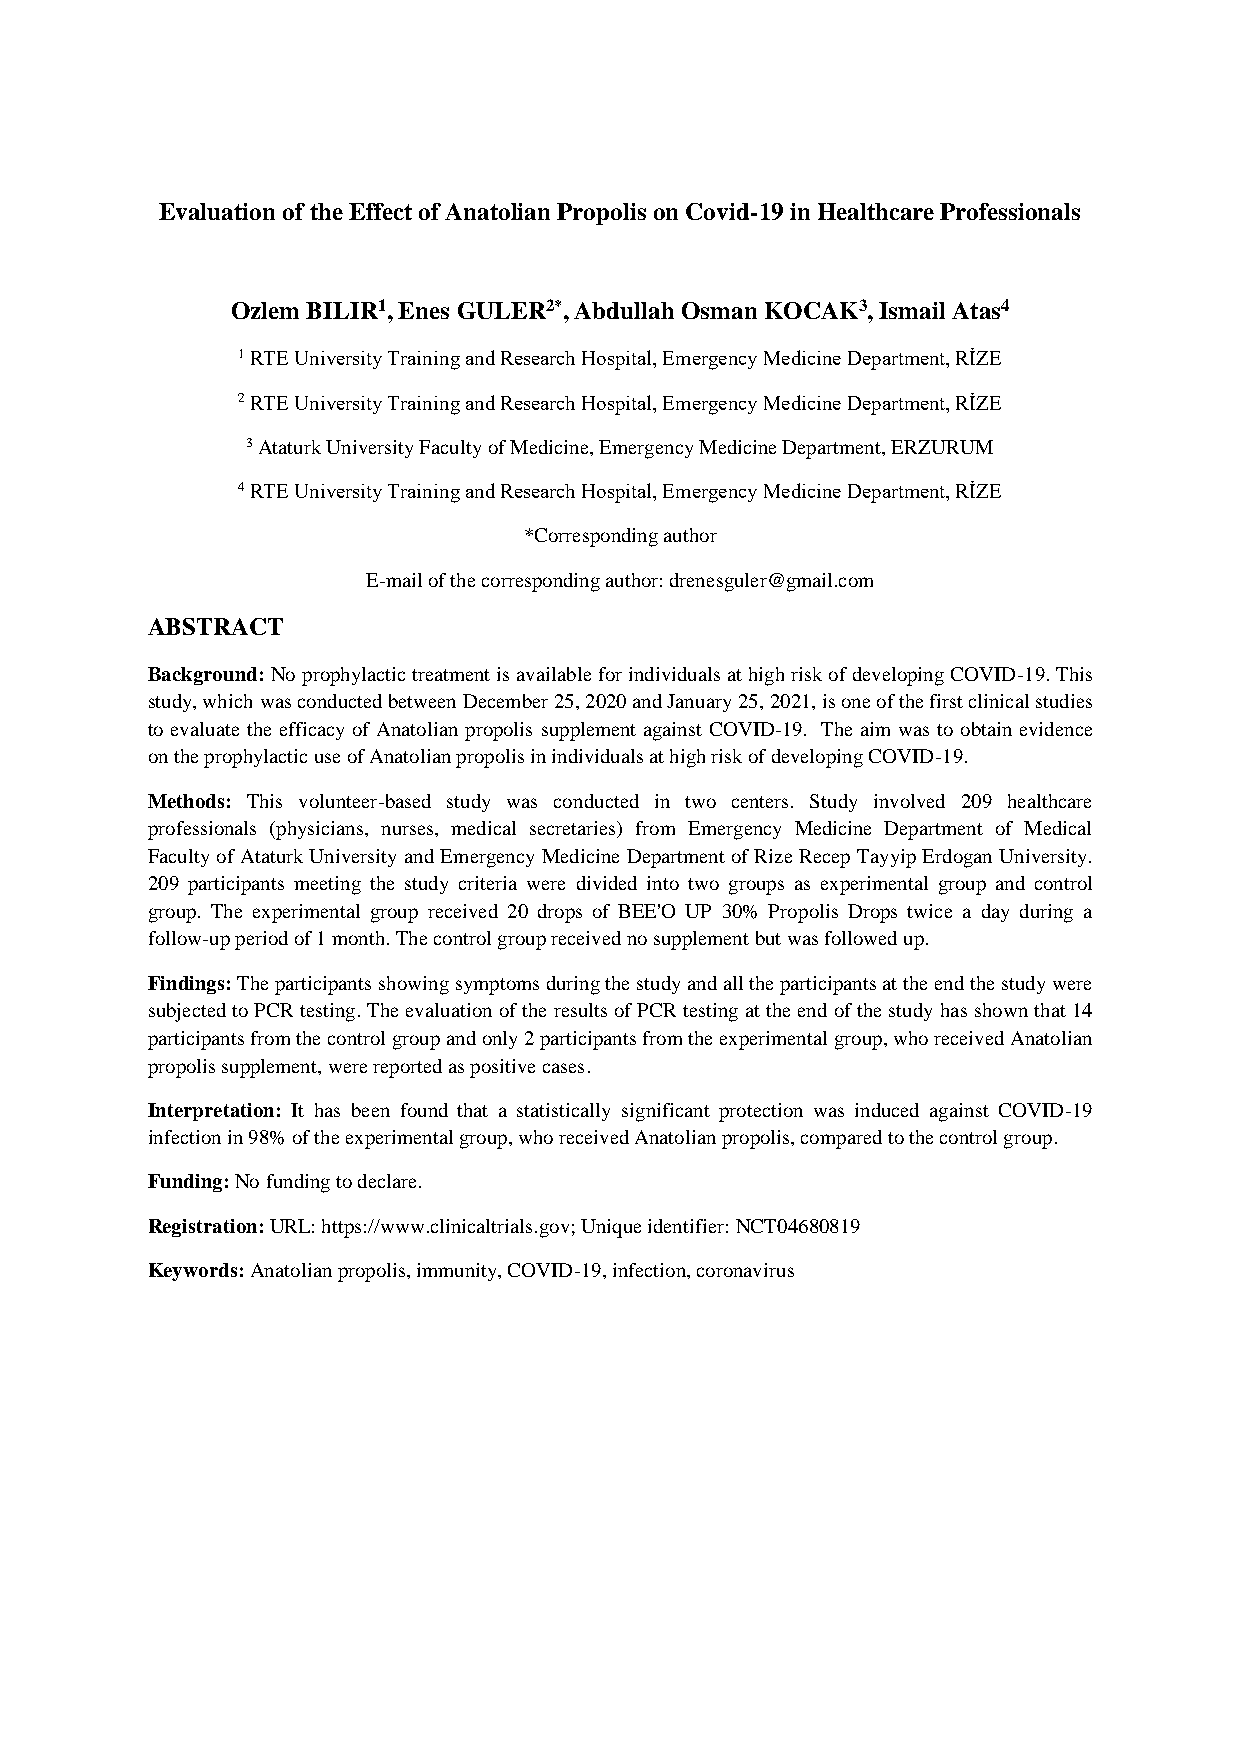
Evaluation of the Effect of Anatolian Propolis on Covid-19 in Healthcare Professionals
 Ozlem BILIR1, Enes GULER2*, Abdullah Osman KOCAK3, Ismail Atas4
 1 RTE University Training and Research Hospital, Emergency Medicine Department, RİZE
 2 RTE University Training and Research Hospital, Emergency Medicine Department, RİZE
 3 Ataturk University Faculty of Medicine, Emergency Medicine Department, ERZURUM
 4 RTE University Training and Research Hospital, Emergency Medicine Department, RİZE
 *Corresponding author
 E-mail of the corresponding author: drenesguler@gmail.com
 ABSTRACT
 Background: No prophylactic treatment is available for individuals at high risk of developing COVID-19. This
 study, which was conducted between December 25, 2020 and January 25, 2021, is one of the first clinical studies
 to evaluate the efficacy of Anatolian propolis supplement against COVID-19. The aim was to obtain evidence
 on the prophylactic use of Anatolian propolis in individuals at high risk of developing COVID-19.
 Methods: This volunteer-based study was conducted in two centers. Study involved 209 healthcare
 professionals (physicians, nurses, medical secretaries) from Emergency Medicine Department of Medical
 Faculty of Ataturk University and Emergency Medicine Department of Rize Recep Tayyip Erdogan University.
 209 participants meeting the study criteria were divided into two groups as experimental group and control
 group. The experimental group received 20 drops of BEE'O UP 30% Propolis Drops twice a day during a
 follow-up period of 1 month. The control group received no supplement but was followed up.
 Findings: The participants showing symptoms during the study and all the participants at the end the study were
 subjected to PCR testing. The evaluation of the results of PCR testing at the end of the study has shown that 14
 participants from the control group and only 2 participants from the experimental group, who received Anatolian
 propolis supplement, were reported as positive cases.
 Interpretation: It has been found that a statistically significant protection was induced against COVID-19
 infection in 98% of the experimental group, who received Anatolian propolis, compared to the control group.
 Funding: No funding to declare.
 Registration: URL: https://www.clinicaltrials.gov; Unique identifier: NCT04680819
 Keywords: Anatolian propolis, immunity, COVID-19, infection, coronavirus